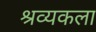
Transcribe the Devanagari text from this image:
श्रव्यकला